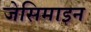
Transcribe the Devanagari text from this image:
जेसिमाइन